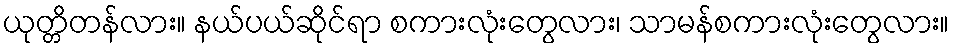
ယုတ္တိတန်လား။ နယ်ပယ်ဆိုင်ရာ စကားလုံးတွေလား၊ သာမန်စကားလုံးတွေလား။